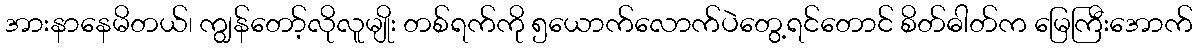
အားနာနေမိတယ်၊ ကျွန်တော့်လိုလူမျိုး တစ်ရက်ကို ၅ယောက်လောက်ပဲတွေ့ရင်တောင် စိတ်ဓါတ်က မြေကြီးအောက်